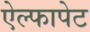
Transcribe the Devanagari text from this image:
ऐल्फापेट